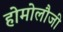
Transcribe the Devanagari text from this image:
होमोलौजी